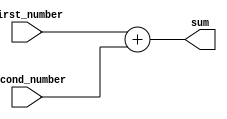
module adder_16bits(
    input[15:0] first_number,second_number,
    output[15:0] sum
);
    assign sum = first_number + second_number;

endmodule